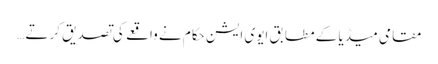
مقامی میڈیا کے مطابق ایوی ایشن حکام نے واقعے کی تصدیق کرتے …